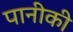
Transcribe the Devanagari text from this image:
पानीकी